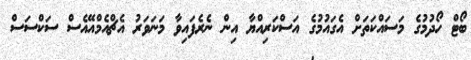
ބޯޓް ހޯދުމުގެ މަސައްކަތަށް އެގައުމުގެ އަސްކަރިއްޔާ އިން ނެރެފައިވާ މަނަވަރު އެޗްއެމްއޭއެސް ސަކްސަސް